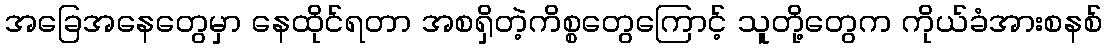
အခြေအနေတွေမှာ နေထိုင်ရတာ အစရှိတဲ့ကိစ္စတွေကြောင့် သူတို့တွေက ကိုယ်ခံအားစနစ်